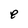
Character: e